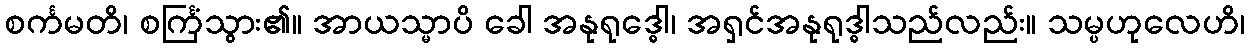
စင်္ကမတိ၊ စင်္ကြံသွား၏။ အာယသ္မာပိ ခေါ အနုရုဒ္ဓေါ၊ အရှင်အနုရုဒ္ဓါသည်လည်း။ သမ္ပဟုလေဟိ၊